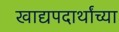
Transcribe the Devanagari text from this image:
खाद्यपदार्थांच्या